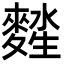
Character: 𪍖